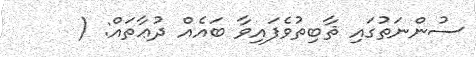
ސުންނަތުގައި ޘާބިތުވެފައިވާ ބައެއް ދުޢާތައް: (